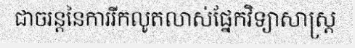
ជាចរន្តនៃការរីកលូតលាស់ផ្នែកវិទ្យាសាស្ត្រ